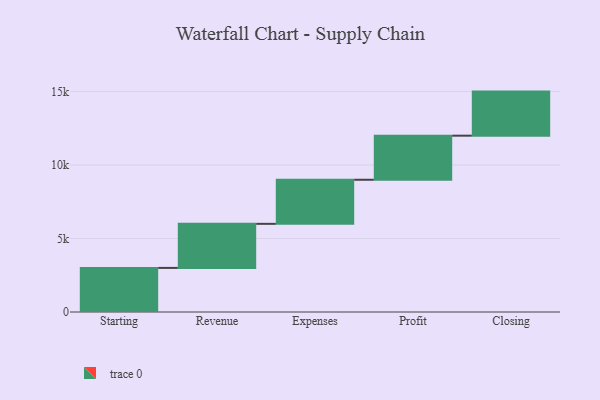
{"axis": {"x": "Step", "y": "Value"}, "legend": [""], "data": [{"x": "Starting", "y": 3000, "type": ""}, {"x": "Revenue", "y": 3000, "type": ""}, {"x": "Expenses", "y": 3000, "type": ""}, {"x": "Profit", "y": 3000, "type": ""}, {"x": "Closing", "y": 3000, "type": ""}]}